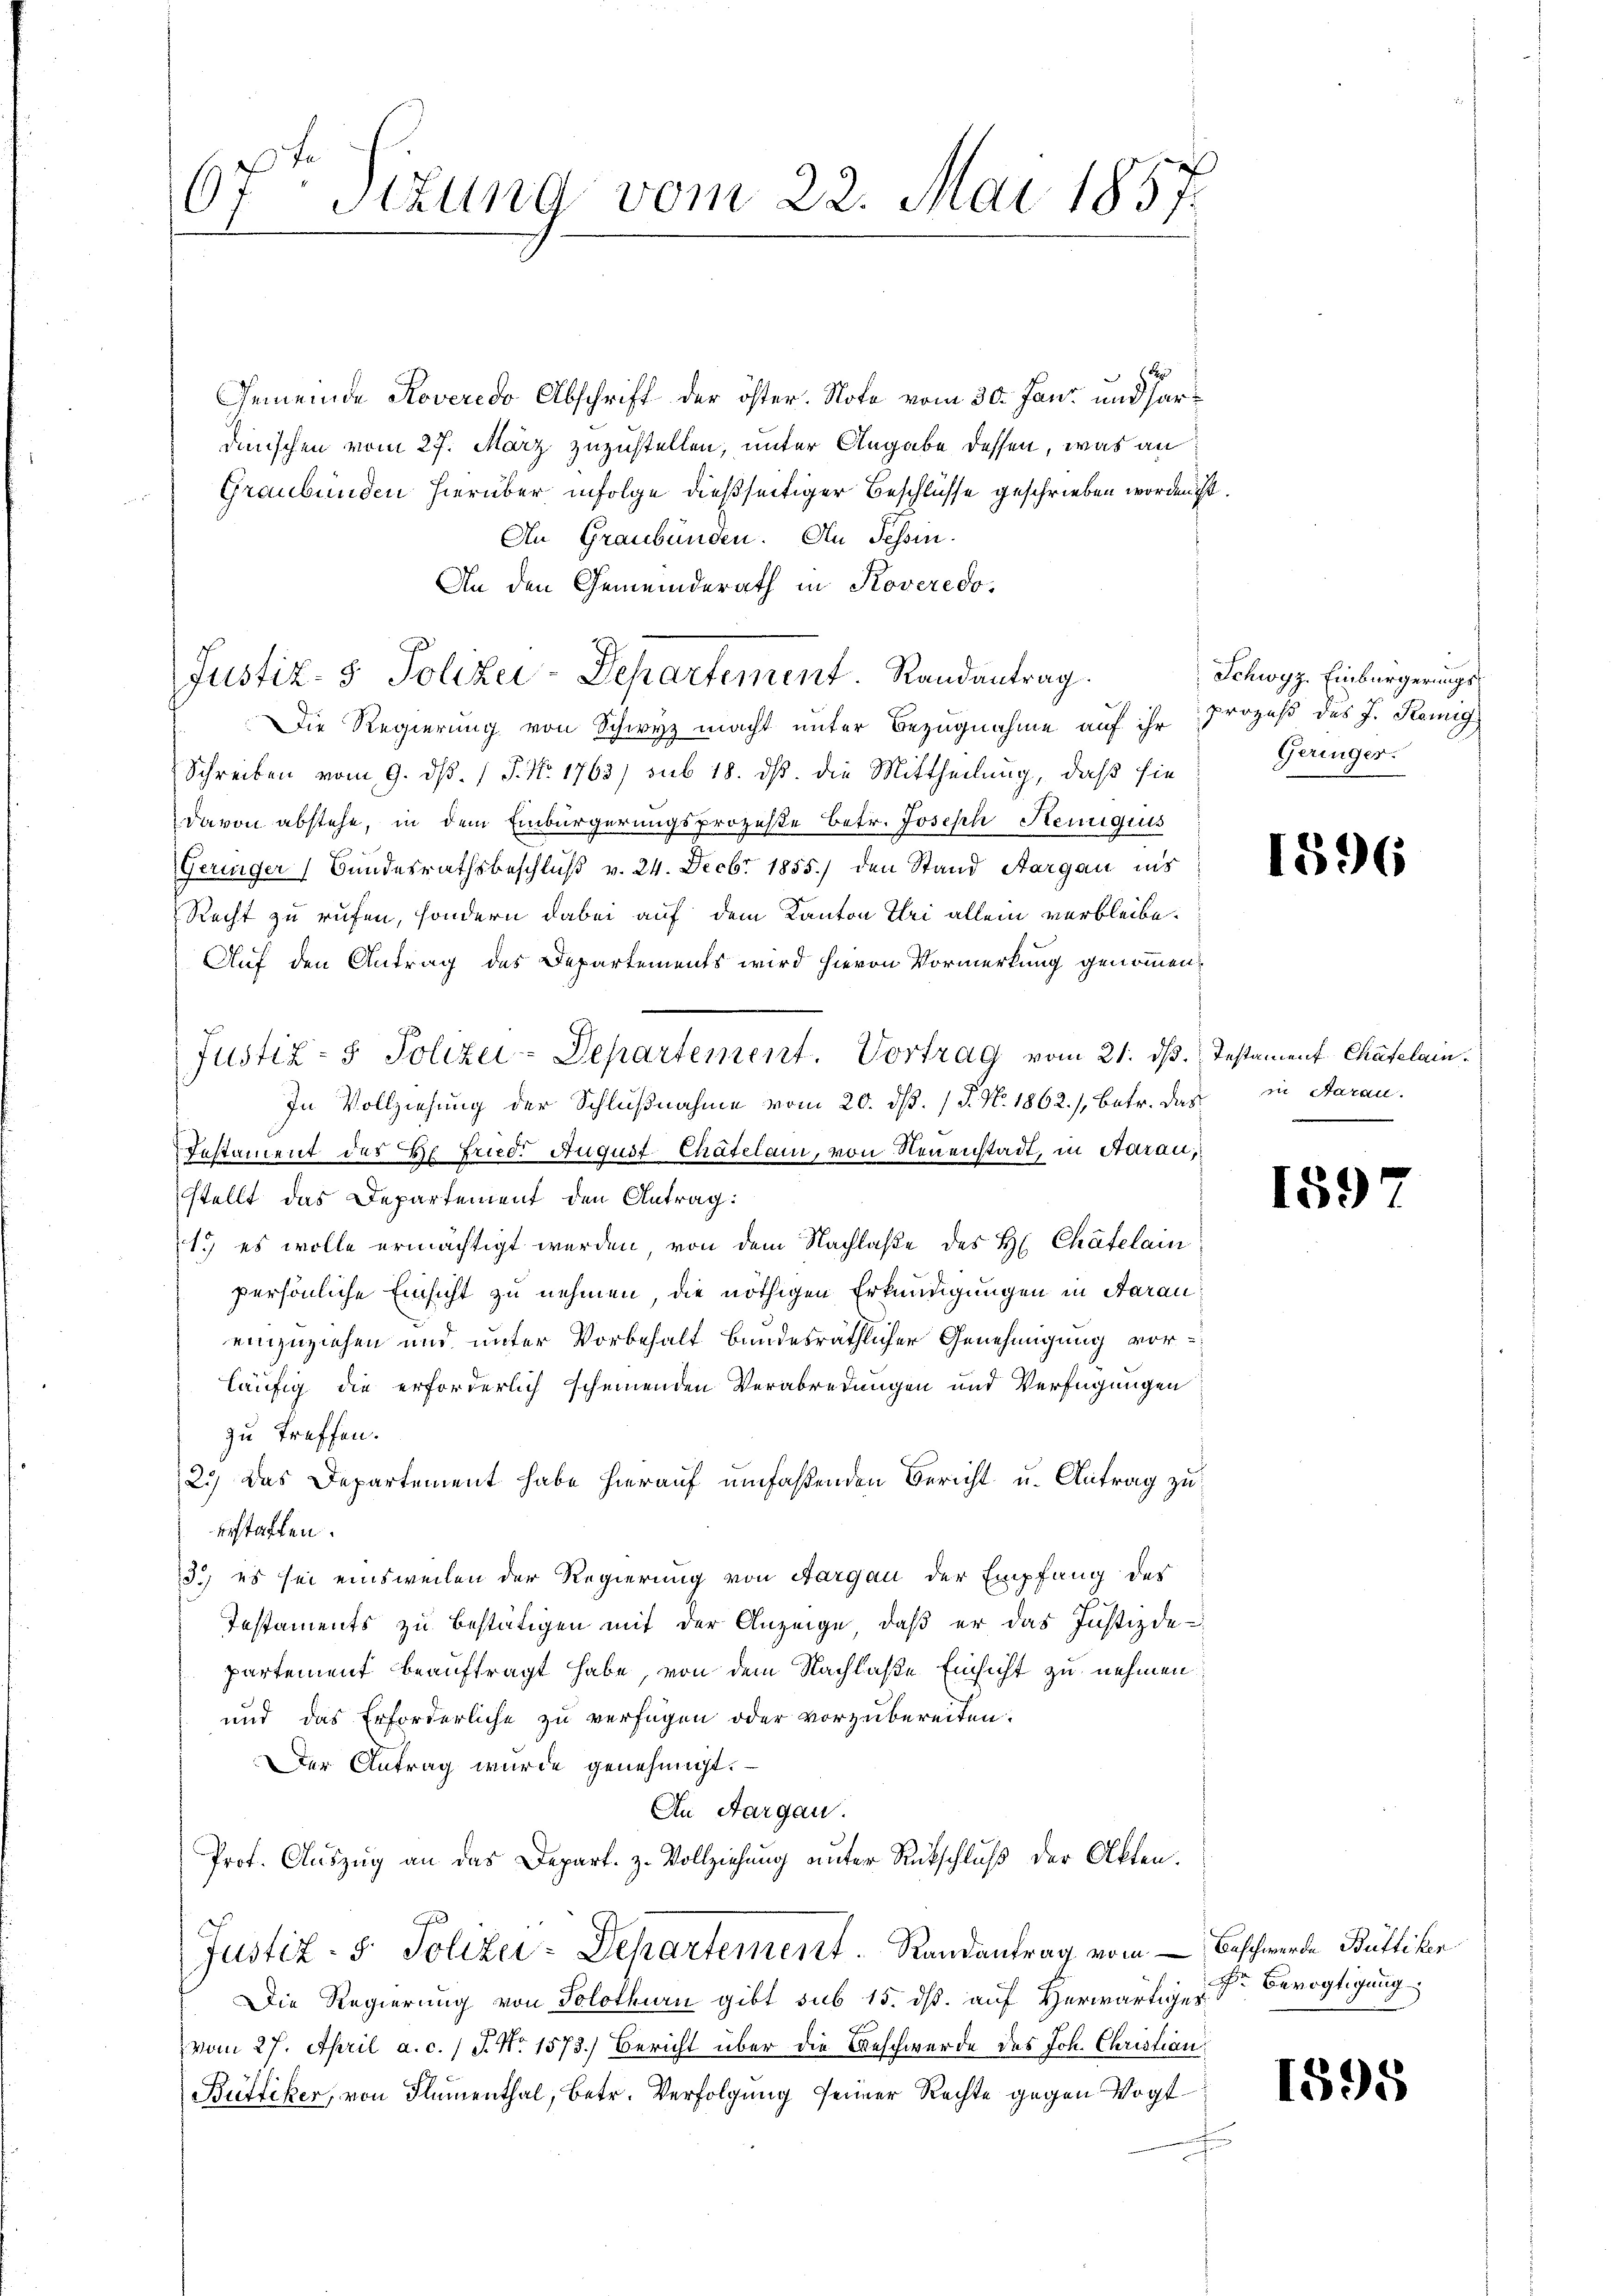
67. Jezung vom 22. Mai 1857

Gemeinde Roveredo Abschrift der öster. Note vom 30. Jani und hardünschen vom 27. März zuzustellen, unter Angabe dessen, was an
Graubünden hierüber infolge dießseitiger Beschlüsse geschrieben worden ist.
An Graubünden. An Tessin.
An den Gemeinderath in Koveredo,
Justiz- & Polizei-Departement. Randantrag
Die Regierung von Schwyz macht unter Bezugnahme auf ihr
Schreiben vom 9. d. 1 P. Nr. 1763) sub 18. ds. die Mittheilung, daß sie
davon abstehe, in dem Einbürgerungsprozeße betr. Joseph Hemigiis
Geringer Bundesrathsbeschluß v. 24. Decbr 1855.) den Stand Aargau ins
Recht zu rufen, sondern dabei auf dem Kanton Uri allein verbleibe.
Auf den Antrag des Departements wird hievon Vormerkung genommen.
Justiz- & Polizei-Departement. Vortrag vom 21. ds. Testament Chatelain
In Vollziehung der Schlußnahme vom 20. dß. / P. N. 1862.), betr. das
Testament des Hr. Fried. August-Chatelam, von Neuenstadt, in Aarau,
stellt das Departement den Antrag:
1.) es wolle ermächtigt werden, von dem Nachlaße des H. Chätelain
persönliche Einsicht zu nehmen, die nöthigen Erkundigungen in Aarau
einzuziehen und unter Vorbehalt bundesräthlicher Genehmigung vorläufig die erforderlich scheinenden Verabredungen und Verfügungen
zu treffen.
23) Das Departement habe hierauf umfaßenden Bericht u. Antrag zu
erstatten.
13., es sei einsweilen der Regierung von Aargau der Empfang des
Testaments zu bestätigen mit der Anzeige, daß er das Justizdepartement beauftragt habe, von dem Nachlaße Einsicht zu nehmen:
und das Erforderliche zu verfügen oder vorzubereiten.
Der Antrag wurde genehmigt.
An Aargau.
Prof. Auszug an das Depart. z. Vollziehung unter Rückschluß der Akten.
Justiz- & Polizei-Departement. Randantrag vom Beschwerde Büttiker
Die Regierung von Solothurn gibt sub 15. ds. auf Herwärtiges
vom 27. April a. c. / J. No. 1573.) Bericht über die Beschwerde des Joh. Christian
Büttiker, von Flumenthal, betr. Verfolgung seiner Rechte gegen Vogt¬
u

Schwyz. Einbürgerungsprozeß des J. Remig
Geringer.

1896

in Aarau

1597

Der Bevogtigung

1595